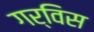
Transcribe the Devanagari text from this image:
गर्विस